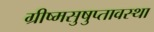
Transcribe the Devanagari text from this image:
ग्रीष्मसुषुप्तावस्था